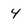
Character: 4